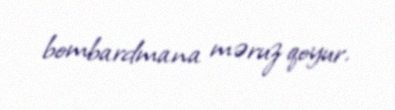
bombardmana məruz qoyur.